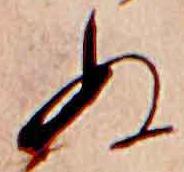
ぬ